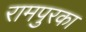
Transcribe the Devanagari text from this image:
रामपुरका